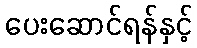
ပေးဆောင်ရန်နှင့်